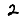
Digit: 2